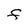
Character: F